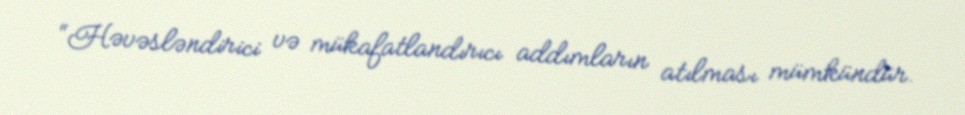
“Həvəsləndirici və mükafatlandırıcı addımların atılması mümkündür.